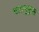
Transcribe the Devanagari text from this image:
मतानुकृल